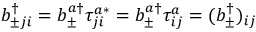
b _ { \pm j i } ^ { \dagger } = b _ { \pm } ^ { a \dagger } \tau _ { j i } ^ { a * } = b _ { \pm } ^ { a \dagger } \tau _ { i j } ^ { a } = ( b _ { \pm } ^ { \dagger } ) _ { i j }